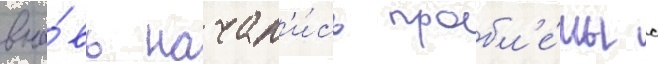
вно́вь начал'и́сь пробл'е́мы с